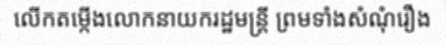
លើកតម្កើងលោកនាយករដ្ឋមន្ត្រី ព្រមទាំងសំណុំរឿង